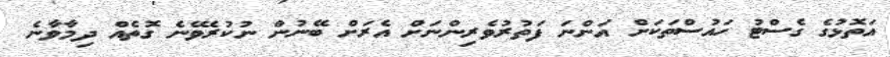
އަތޮޅުގެ ގެސްޓު ހައުސްތަކަށް އަންނަ ފަތުރުވެރިންނަށް އެރަށް ބޭނުން ނުކުރެވޭނެ ގޮތެއް ދިމާވާނެ